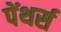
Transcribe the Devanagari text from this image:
पेंथर्स